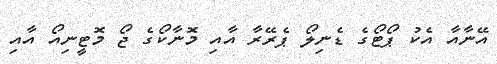
އޭނާއާ އެކު ޕޯޓޯގެ ޑެނިލޯ ޕެރޭރާ އާއި މޮނާކޯގެ ޖޯ މޮޓީނިއޯ އާއި